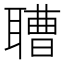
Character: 䏆